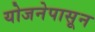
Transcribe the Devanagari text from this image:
योजनेपासून